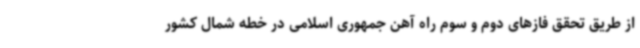
از طریق تحقق فازهای دوم و سوم راه آهن جمهوری اسلامی در خطه شمال کشور